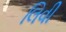
લિવી